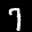
Label: 7